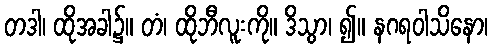
တဒါ၊ ထိုအခါ၌။ တံ၊ ထိုဘီလူးကို။ ဒိသွာ၊ ၍။ နဂရဝါသိနော၊